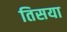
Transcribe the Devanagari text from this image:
तिसया